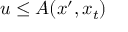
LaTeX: u \leq A ( x ^ { \prime } , x _ { t } )